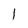
Character: l